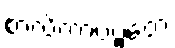
စာလိကာပဗ္ဗတေ